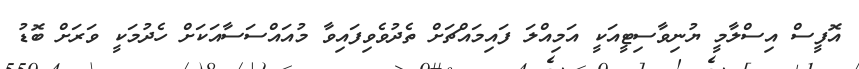
އޮފީސް އިސްލާމީ ޔުނިވާސިޓީއަކީ އަމިއްލަ ފައިމައްޗަށް ތެދުވެވިފައިވާ މުއައްސަސާއަަކަށް ހެދުމަކީ ވަރަށް ބޮޑު